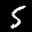
Label: 5